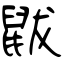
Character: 鼥